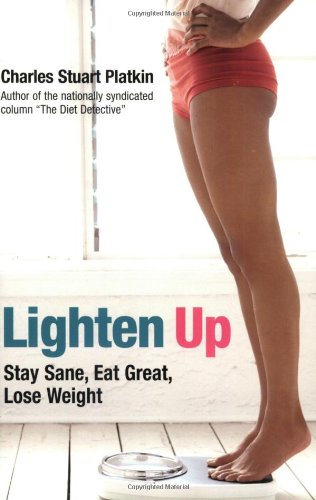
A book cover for Lighten Up; Charles Platkin; Teen & Young Adult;